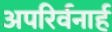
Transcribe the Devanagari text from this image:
अपरिर्वनार्ह